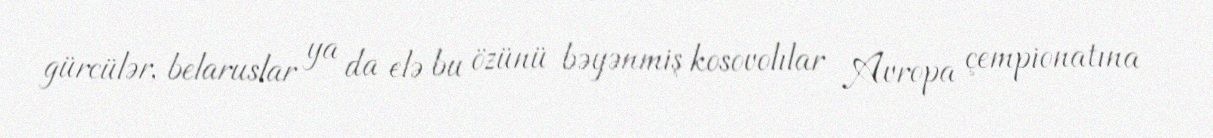
gürcülər, belaruslar ya da elə bu özünü bəyənmiş kosovolılar Avropa çempionatına